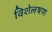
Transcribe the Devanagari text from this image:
विशेलषण